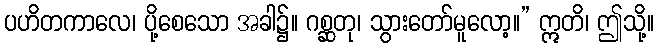
ပဟိတကာလေ၊ ပို့စေသော အခါ၌။ ဂစ္ဆတု၊ သွားတော်မူလော့။” ဣတိ၊ ဤသို့။